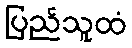
ပြည်သူထံ